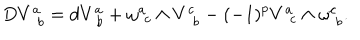
LaTeX: D V _ { \, \, \, b } ^ { a } = d V _ { \, \, b } ^ { a } + \omega _ { \, \, c } ^ { a } \wedge V _ { \, \, \, b } ^ { c } - ( - 1 ) ^ { p } V _ { \, \, \, c } ^ { a } \wedge \omega _ { \, \, b } ^ { c } .